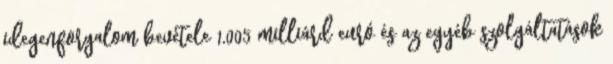
idegenforgalom bevétele 1,005 milliárd euró és az egyéb szolgáltatások